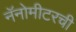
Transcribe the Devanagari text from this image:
नॅनोमीटरची